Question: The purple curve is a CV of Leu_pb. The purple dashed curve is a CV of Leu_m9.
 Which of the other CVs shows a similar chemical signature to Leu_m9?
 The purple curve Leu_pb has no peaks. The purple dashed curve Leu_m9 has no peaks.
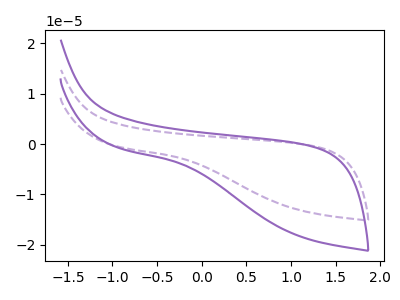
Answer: <think>Neither "Leu_pb" or "Leu_m9" have any peaks.
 </think>
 <answer>The CV with the most similar shape to "Leu_pb" is "Leu_m9".</answer>
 <eval>"Leu_m9"</eval>